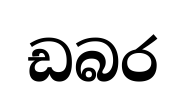
ඩබර